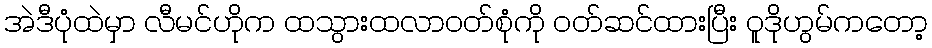
အဲဒီပုံထဲမှာ လီမင်ဟိုက ထသွားထလာဝတ်စုံကို ဝတ်ဆင်ထားပြီး ဝူဒိုဟွမ်ကတော့